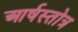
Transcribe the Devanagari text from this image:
आर्षस्तोत्र